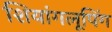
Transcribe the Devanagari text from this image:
शियांगलूपिंग